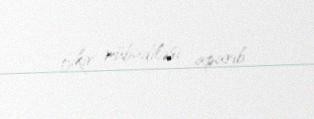
fikir mübadiləsi aparıb.